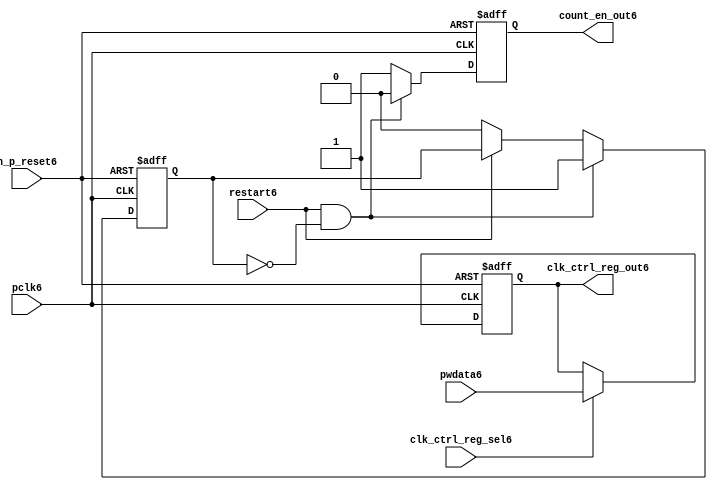
module ttc_count_rst_lite6(

  //inputs6
  n_p_reset6,                             
  pclk6, 
  pwdata6,                                                           
  clk_ctrl_reg_sel6,
  restart6,        

  //outputs6
  count_en_out6,
  clk_ctrl_reg_out6

  );


//-----------------------------------------------------------------------------
// PORT DECLARATIONS6
//-----------------------------------------------------------------------------

   // inputs6
   input n_p_reset6;                 // Reset6 signal6
   input pclk6;                    // APB6 System6 clock6
   input [6:0] pwdata6;           // 7-Bit6 pwdata6 from APB6 interface
   input clk_ctrl_reg_sel6;        // Select6 for the clk_ctrl_reg6
   input restart6;                 // Restart6 reset from cntr_ctrl_reg6

   // outputs6
   output count_en_out6;
   output [6:0] clk_ctrl_reg_out6; // Controls6 clock6 selected


//-----------------------------------------------------------------------------
// Internal Signals6 & Registers6
//-----------------------------------------------------------------------------


   
   reg [6:0]    clk_ctrl_reg6;     //7-bit clock6 control6 register.
   
   reg          restart_var6;      //ensures6 prescaler6 reset at start of restart6 
   
   reg          count_en6;         //enable signal6 to counter

   
   wire [6:0]   clk_ctrl_reg_out6; //clock6 control6 output wire
   wire         count_en_out6;     //counter enable output
   
   
//-----------------------------------------------------------------------------
// Logic6 Section6:


//
//    p_clk_ctrl6: Process6 to implement the clk_ctrl_reg6.  
//                When6 select6 line is set then6 the data will be inserted6 to 
//                the clock6 control6 register, otherwise6 it will be equal6 to 
//                the previous value of the register, else it will be zero.
//-----------------------------------------------------------------------------

   assign clk_ctrl_reg_out6  = clk_ctrl_reg6;
   assign count_en_out6      = count_en6;


//    p_ps_counter6: counter for clock6 enable generation6.
   
   always @(posedge pclk6 or negedge n_p_reset6)
   begin: p_ps_counter6
      
      if (!n_p_reset6)
      begin
         restart_var6  <= 1'b0;
         count_en6     <= 1'b0;
      end
      else
      begin
         if (restart6 & ~restart_var6)
         begin
            restart_var6  <= 1'b1;
            count_en6     <= 1'b0;
         end 
         
         else 
           begin
              
              if (~restart6)
                 restart_var6 <= 1'b0;
              else
                 restart_var6 <= restart_var6;
                 
              count_en6     <= 1'b1;        
              
           end
      end // else: !if(!n_p_reset6)      
  
   end  //p_ps_counter6



// p_clk_ctrl6 : Process6 for writing to the clk_ctrl_reg6
   
   always @ (posedge pclk6 or negedge n_p_reset6)
   begin: p_clk_ctrl6
      
      if (!n_p_reset6)
         clk_ctrl_reg6 <= 7'h00;
      else
      begin 

         if (clk_ctrl_reg_sel6)
            clk_ctrl_reg6 <= pwdata6;
         else
            clk_ctrl_reg6 <= clk_ctrl_reg6;

      end 
      
   end  //p_clk_ctrl6

   
endmodule